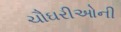
ચૌઘરીઓની